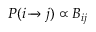
P ( i \xrightarrow { } j ) \propto B _ { i j }